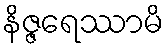
နိဇ္ဇရေဿာမိ